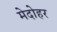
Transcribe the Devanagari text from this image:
मेदोहर